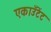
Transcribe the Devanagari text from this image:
एकाउँटेंट